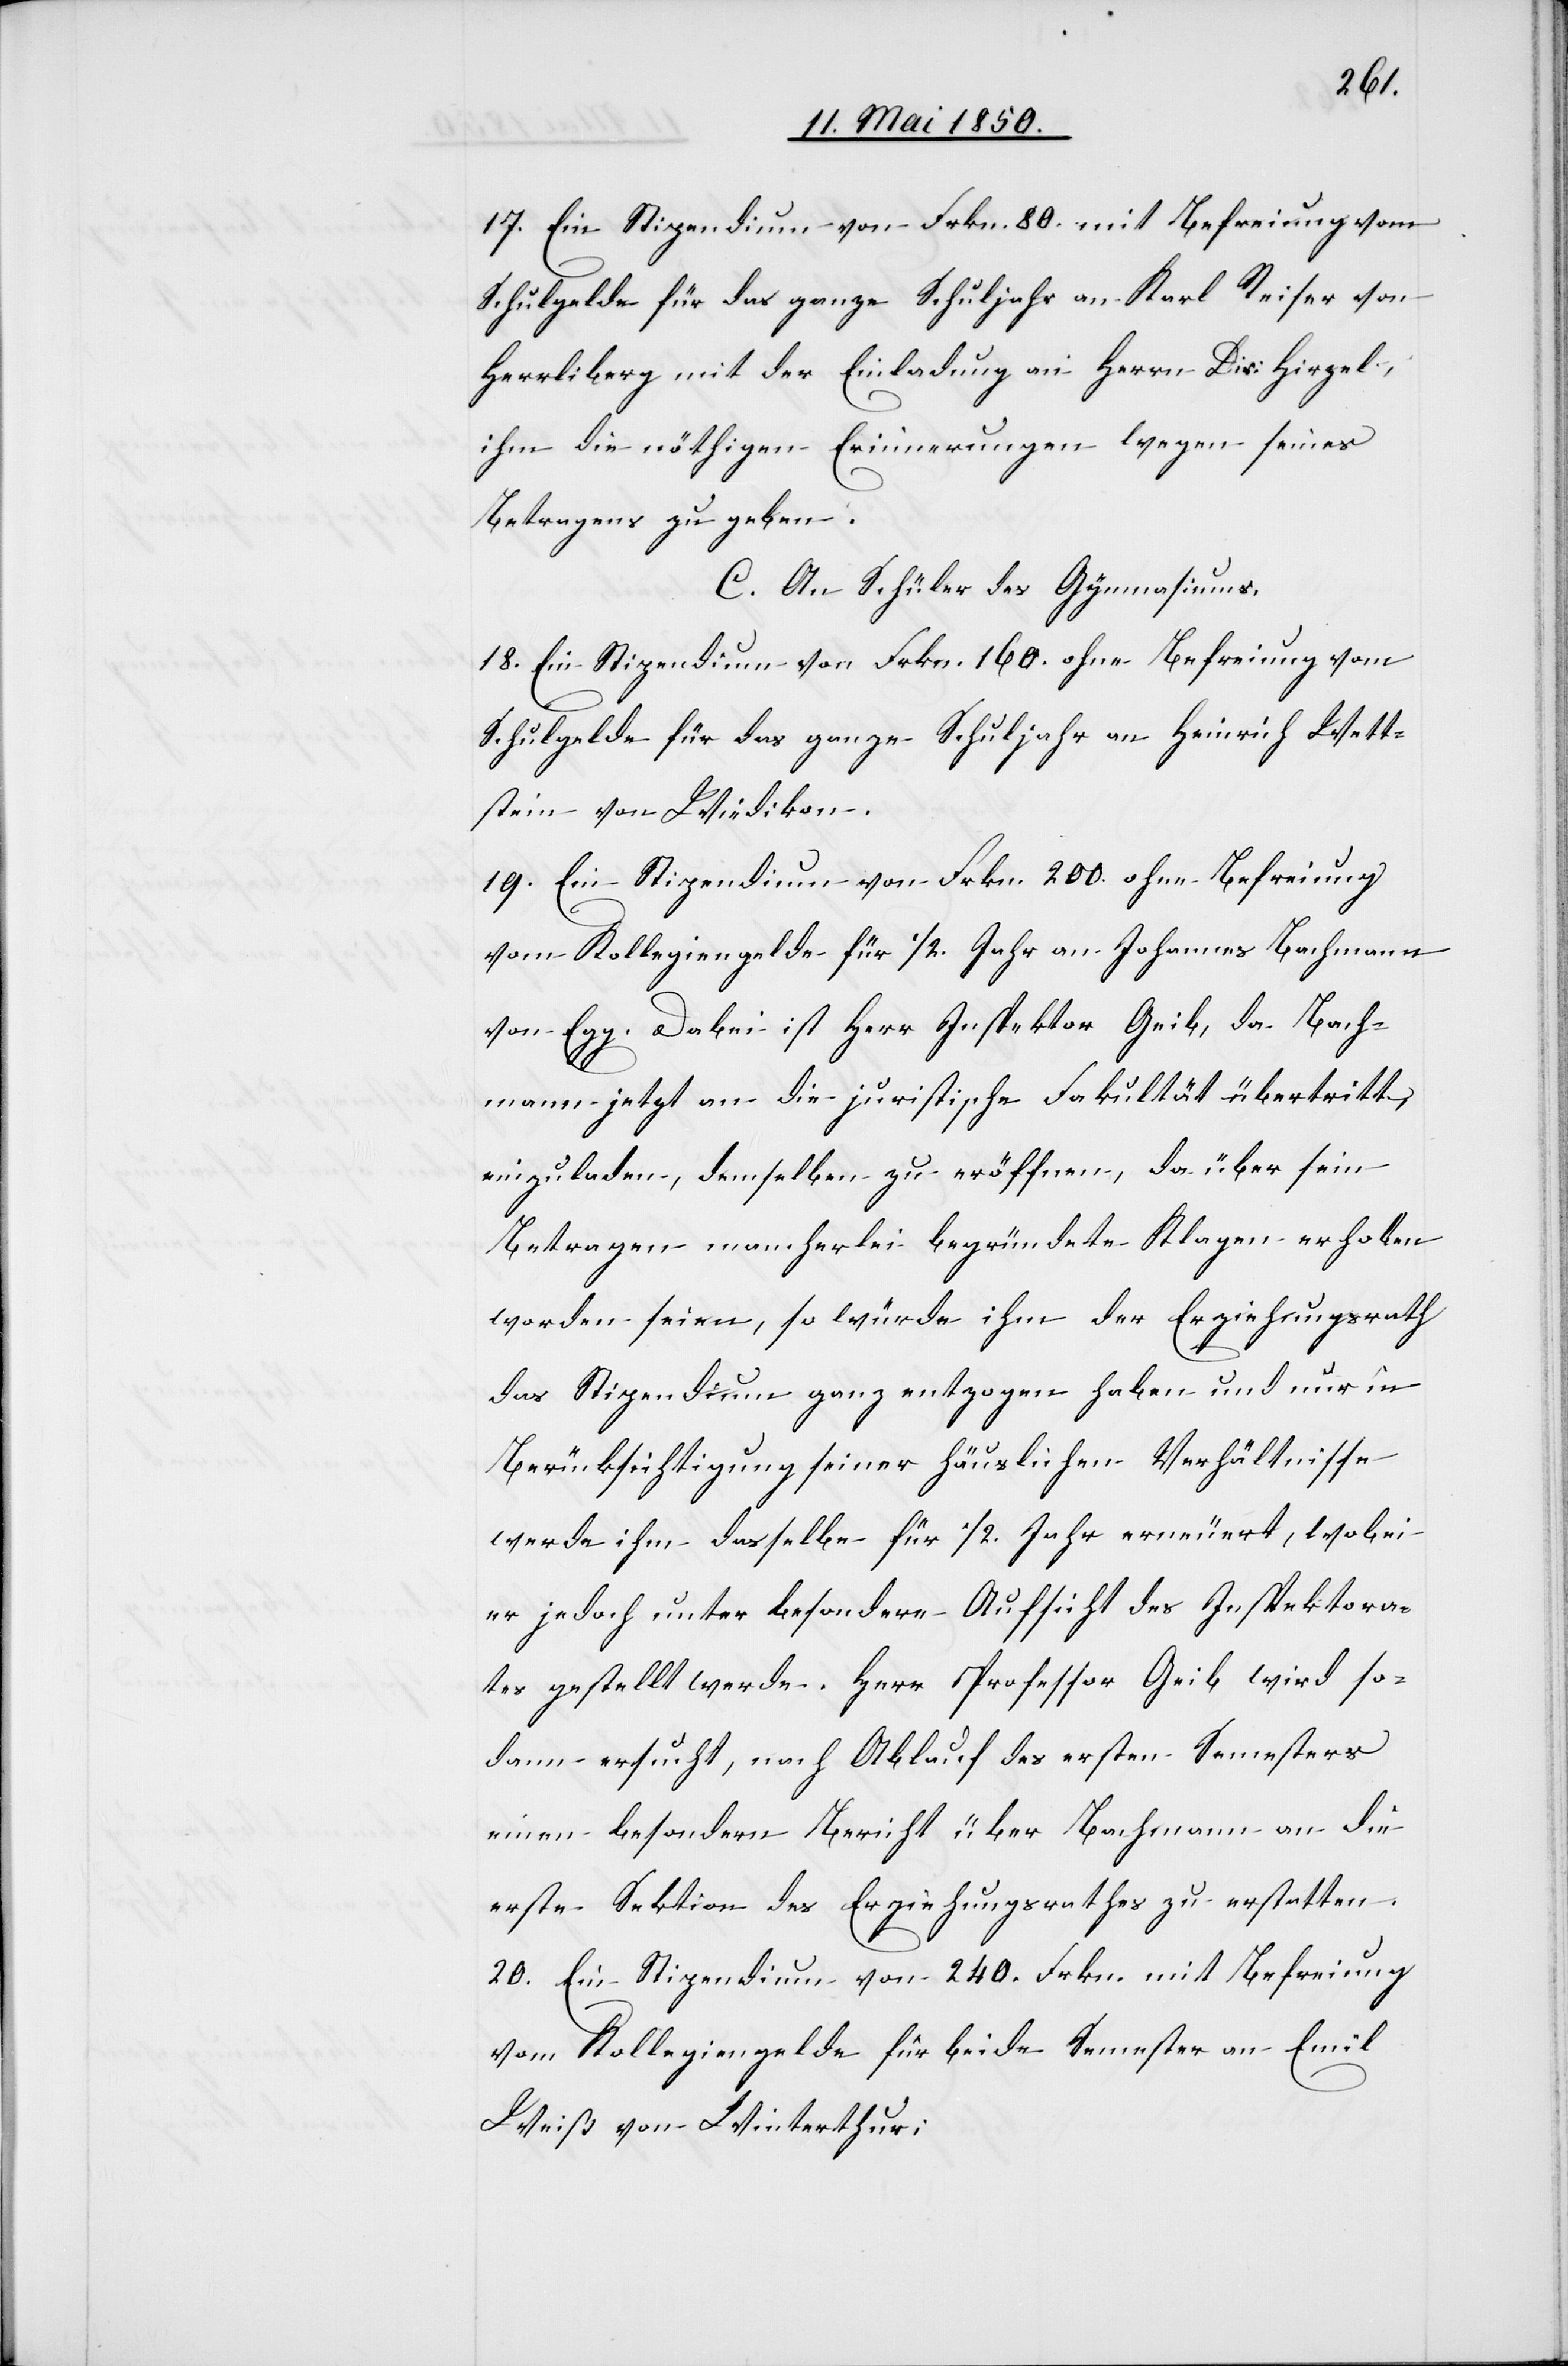
17. Ein Stipendium von Frkn. 80. mit Befreiung vom
Schulgelde für das ganze Schuljahr an Karl Reiser von
Herrliberg mit der Einladung an Herrn Dir: Hirzel,
ihm die nöthigen Erinnerungen wegen seines
Betragens zu geben.
C. An Schüler des Gymnasiums.
18. Ein Stipendium von Frkn. 160. ohne Befreiung vom
Schulgelde für das ganze Schuljahr an Heinrich Wett¬
stein von Wiedikon.
19. Ein Stipendium von Frkn. 200. ohne Befreiung
vom Kollegiengelde für 1/2. Jahr an Johannes Bachmann
von Egg. Dabei ist Herr Inspektor Geib, da Bach¬
mann jetzt an die juristische Fakultät übertritt,
einzuladen, demselben zu eröffnen, da über sein
Betragen mancherlei begründete Klagen erhoben
worden seien, so würde ihm der Erziehungsrath
das Stipendium ganz entzogen haben und nur in
Berücksichtigung seiner häuslichen Verhältnisse
werde ihm dasselbe für 1/2. Jahr erneuert, wobei
er jedoch unter besondere Aufsicht des Inspektora¬
tes gestellt werde. Herr Professor Geib wird so¬
dann ersucht, nach Ablauf des ersten Semesters
einen besondern Bericht über Bachmann an die
erste Sektion des Erziehungsrathes zu erstatten.
20. Ein Stipendium von 240. Frkn. mit Befreiung
vom Kollegiengelde für beide Semester an Emil
Weiß von Winterthur;